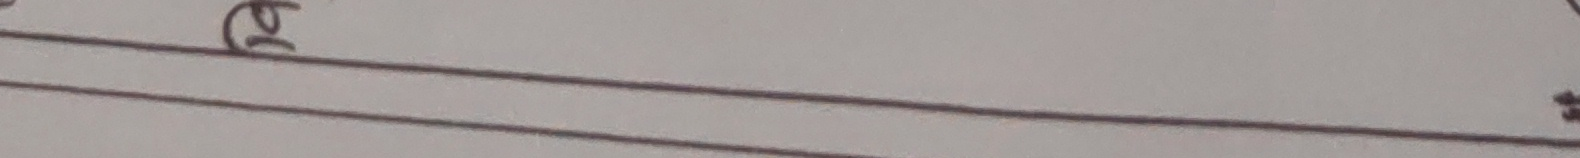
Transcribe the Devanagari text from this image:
खु